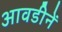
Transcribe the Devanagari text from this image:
आवडीनें